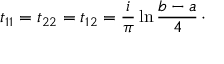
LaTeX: t _ { 1 1 } = t _ { 2 2 } = t _ { 1 2 } = { \frac { i } { \pi } } \ln { \frac { b - a } { 4 } } \, \cdotp